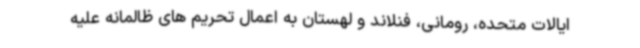
ایالات متحده، رومانی، فنلاند و لهستان به اعمال تحریم های ظالمانه علیه